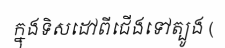
ក្នុងទិសដៅពីជើងទៅត្បូង (